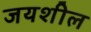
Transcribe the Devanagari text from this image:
जयशील